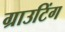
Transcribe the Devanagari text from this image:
ग्राउटिंग